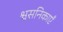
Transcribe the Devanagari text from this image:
श्वसनिकाएँ